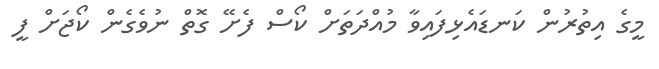
މީގެ އިތުރުން ކަނޑައެޅިފައިވާ މުއްދަތަށް ކޯސް ފެށޭ ގޮތް ނުވެގެން ކޯޖަށް ފީ